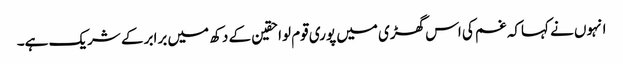
انہوں نے کہاکہ غم کی اس گھڑی میں پوری قوم لواحقین کے دکھ میں برابر کے شریک ہے۔